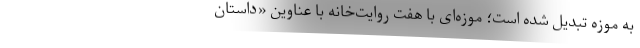
به موزه‌ تبدیل شده است؛ موزه‌ای با هفت روایت‌خانه با عناوین «داستان